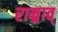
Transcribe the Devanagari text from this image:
राम्र्राव्